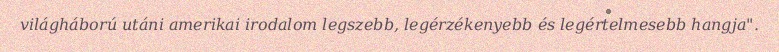
világháború utáni amerikai irodalom legszebb, legérzékenyebb és legértelmesebb hangja".